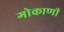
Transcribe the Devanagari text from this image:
गोकाणी